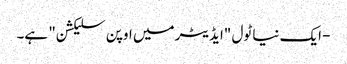
- ایک نیا ٹول "ایڈیٹر میں اوپن سلیکشن" ہے۔